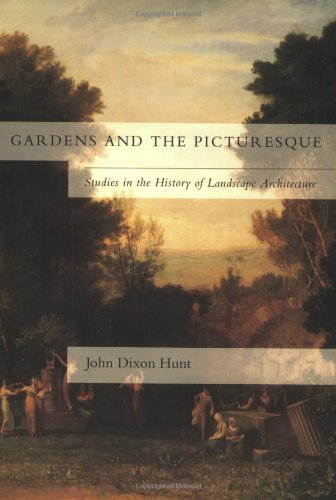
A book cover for Gardens and the Picturesque: Studies in the History of Landscape Architecture; John Dixon Hunt; Crafts, Hobbies & Home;